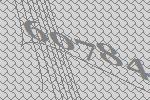
60784